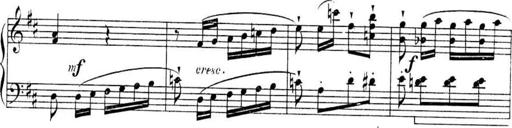
Title: Sonatines
Composer: Hedwige ChrÃ©tien